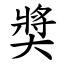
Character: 奬